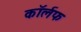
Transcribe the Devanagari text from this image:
कॉर्लफ